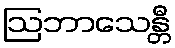
ဩဘာသေန္တီ